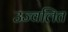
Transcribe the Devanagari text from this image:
उज्वलित